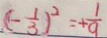
( - \frac { 1 } { 3 } ) ^ { 2 } = + \frac { 1 } { 9 }